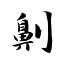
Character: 劓